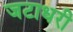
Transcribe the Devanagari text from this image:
जटाधरी